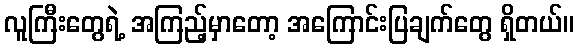
လူကြီးတွေရဲ့ အကြည့်မှာတော့ အကြောင်းပြချက်တွေ ရှိတယ်။